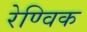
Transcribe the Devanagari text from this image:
रेण्विक